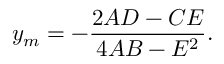
y _ { m } = - { \frac { 2 A D - C E } { 4 A B - E ^ { 2 } } } .